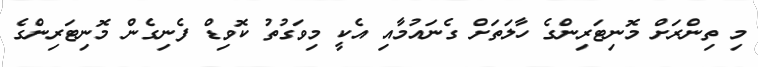
މި ތިންރަށް މޮނިޓަރިންގެ ހާލަތަށް ގެނައުމާއި އެކީ މިވަގުތު ކޮވިޑް ފެނިގެން މޮނިޓަރިންގެ